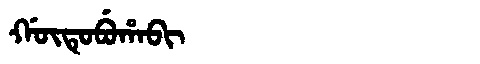
Manchu: ᡤᡡᡨᡠᠪᡠᡥᠠᠪᡳ
Romanization: GŪTUBUHABI